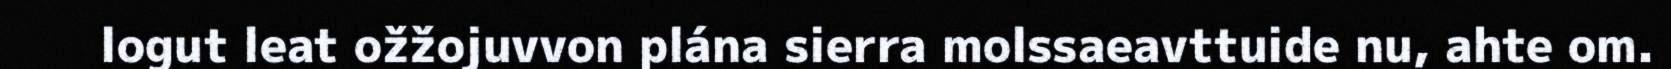
logut leat ožžojuvvon plána sierra molssaeavttuide nu, ahte om.